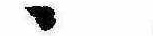
ゝ